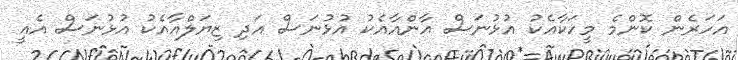
އަހަރެން ކޮންމެ މީހަކާއެކު އުޅުނަސް އާންއާއެކު އުޅުނަސް އަދި ޒިޔަލްއާއެކު އުޅުނަސް އެއީ